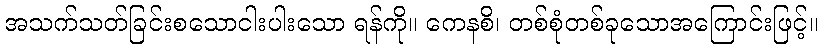
အသက်သတ်ခြင်းစသောငါးပါးသော ရန်ကို။ ကေနစိ၊ တစ်စုံတစ်ခုသောအကြောင်းဖြင့်။